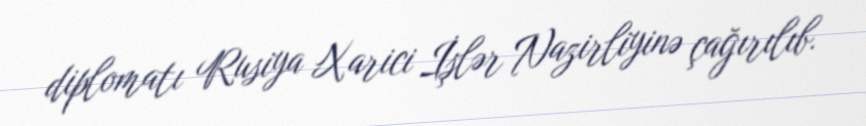
diplomatı Rusiya Xarici İşlər Nazirliyinə çağırılıb.